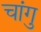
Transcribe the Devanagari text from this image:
चांगु